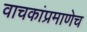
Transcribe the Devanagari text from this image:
वाचकांप्रमाणेच